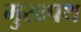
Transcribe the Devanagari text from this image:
मुखपथ